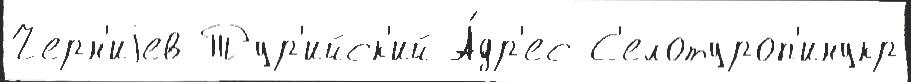
Черн'иjев Тур'ийск'ий А́др'ес С'елотуроп'инукр